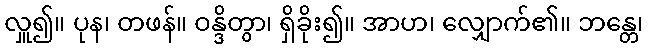
လှူ၍။ ပုန၊ တဖန်။ ဝန္ဒိတွာ၊ ရှိခိုး၍။ အာဟ၊ လျှောက်၏။ ဘန္တေ၊